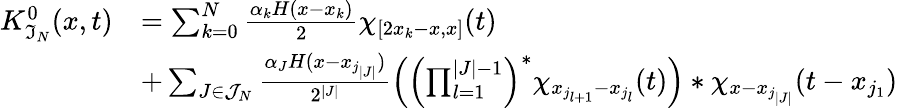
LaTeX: \begin{array}{rl}{K_{\mathfrak{I}_{N}}^{0}(x,t)}&{=\sum_{k=0}^{N}\frac{\alpha_{k}H(x-x_{k})}{2}\chi_{[2x_{k}-x,x]}(t)}\\ &{+\sum_{J\in\mathcal{J}_{N}}\frac{\alpha_{J}H(x-x_{j_{|J|}})}{2^{|J|}}\left(\left(\prod_{l=1}^{|J|-1}\right)^{\ast}\chi_{x_{j_{l+1}}-x_{j_{l}}}(t)\right)\ast\chi_{x-x_{j_{|J|}}}(t-x_{j_{1}})}\end{array}